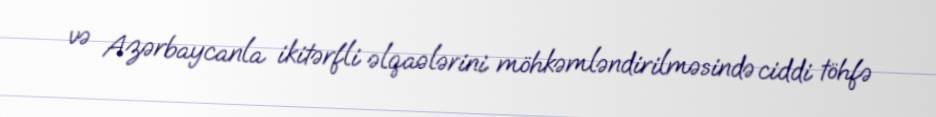
və Azərbaycanla ikitərfli əlqaələrini möhkəmləndirilməsində ciddi töhfə